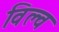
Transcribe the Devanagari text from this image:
विल्व